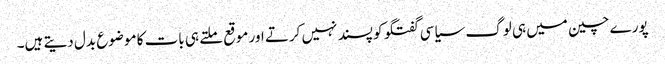
پورے چین میں ہی لوگ سیاسی گفتگو کو پسند نہیں کرتے اور موقع ملتے ہی بات کا موضوع بدل دیتے ہیں۔